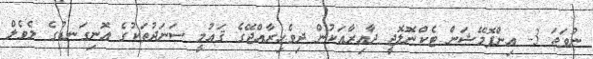
ނުވަތަ 3- އިންފޮމޭޝަން ޓެކްނޮލޮޖީ ދާއިރާއަކުން ދިވެހިރާއްޖޭގެ ޤައުމީ ސަނަދުތަކުގެ އޮނިގަނޑުގެ ލެވެލް